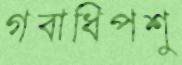
গবাধিপশু